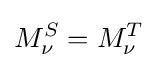
M_{\nu }^{S}=M_{\nu }^{T}